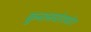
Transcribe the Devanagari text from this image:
कुनानपोशपोरा